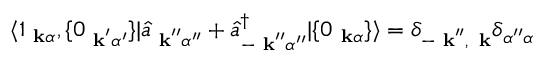
\langle 1 _ { \mathrm { \bf ~ k } \alpha } , \{ 0 _ { \mathrm { \bf ~ k } ^ { \prime } \alpha ^ { \prime } } \} | \hat { a } _ { \mathrm { \bf ~ k } ^ { \prime \prime } \alpha ^ { \prime \prime } } + \hat { a } _ { - \mathrm { \bf ~ k } ^ { \prime \prime } \alpha ^ { \prime \prime } } ^ { \dagger } | \{ 0 _ { \mathrm { \bf ~ k } \alpha } \} \rangle = \delta _ { - \mathrm { \bf ~ k } ^ { \prime \prime } , \, \mathrm { \bf ~ k } } \delta _ { \alpha ^ { \prime \prime } \alpha }